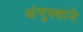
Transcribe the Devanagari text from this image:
अंगुस्ताने